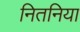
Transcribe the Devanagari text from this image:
नितनिया